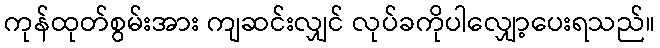
ကုန်ထုတ်စွမ်းအား ကျဆင်းလျှင် လုပ်ခကိုပါလျှော့ပေးရသည်။